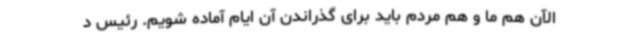
الآن هم ما و هم مردم باید برای گذراندن آن ایام آماده شویم. رئیس د